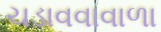
ચડાવવાવાળા